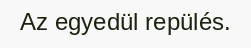
Az egyedül repülés.